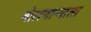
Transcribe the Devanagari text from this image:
बोलणाऱ्याला